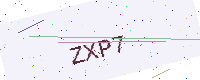
Text: ZXP7